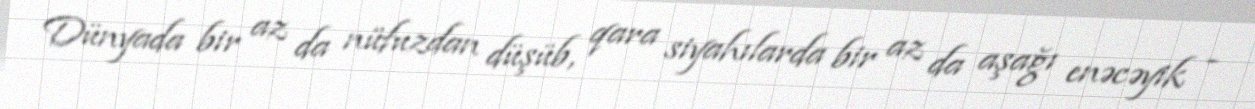
Dünyada bir az da nüfuzdan düşüb, qara siyahılarda bir az da aşağı enəcəyik -